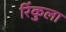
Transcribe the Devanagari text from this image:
रिंकुला